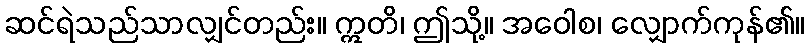
ဆင်ရဲသည်သာလျှင်တည်း။ ဣတိ၊ ဤသို့။ အဝေါစ၊ လျှောက်ကုန်၏။